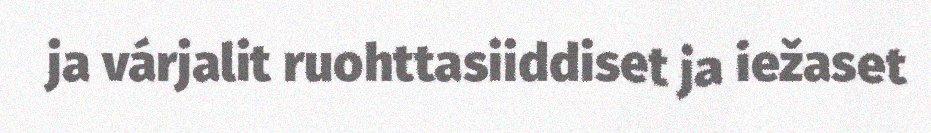
ja várjalit ruohttasiiddiset ja iežaset